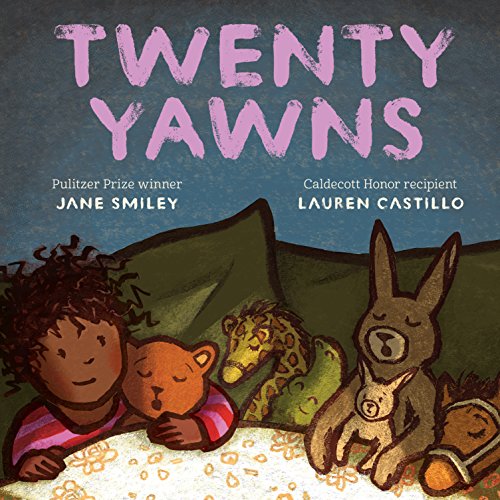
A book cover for Twenty Yawns; Jane Smiley; Sports & Outdoors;